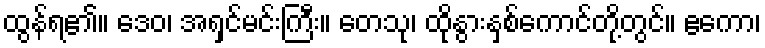
ထွန်ရ၏။ ဒေဝ၊ အရှင်မင်းကြီး။ တေသု၊ ထိုနွားနှစ်ကောင်တို့တွင်။ ဧကော၊